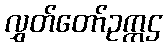
လွှတ်တော်ဥက္ကဌ